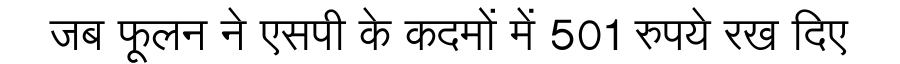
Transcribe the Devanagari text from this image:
जब फूलन ने एसपी के कदमों में 501 रुपये रख दिए